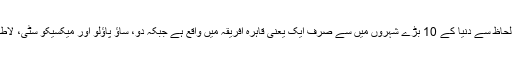
اس وقت آبادی کے لحاظ سے دنیا کے 10 بڑے شہروں میں سے صرف ایک یعنی قاہرہ افریقہ میں واقع ہے جبکہ دو، ساؤ پاؤلو اور میکسیکو سٹی، لاطینی امریکا میں ہیں۔